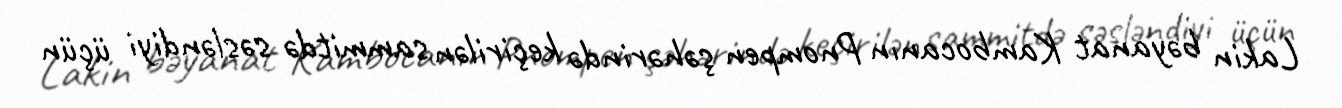
Lakin bəyanat Kambocanın Pnompen şəhərində keçirilən sammitdə səsləndiyi üçün